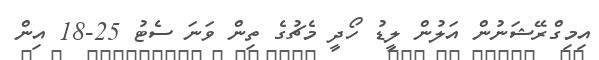
އިމިގްރޭޝަނުން އަލުން ލީޑު ހޯދީ މެޗުގެ ތިން ވަނަ ސެޓު 25-18 އިން